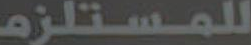
للمستلزم